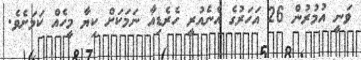
ވަނީ އުމުރުން 26 އަހަރުގެ އެނެއުރީ ހެރެޑިއާ ނަމަކަށް ކިޔާ މީހެއް ކަމަށެވެ.